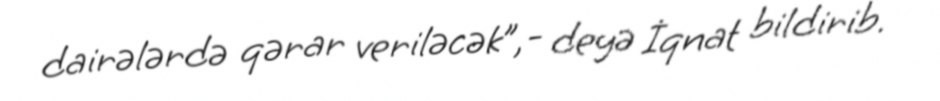
dairələrdə qərar veriləcək”,- deyə İqnat bildirib.